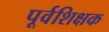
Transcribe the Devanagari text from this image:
पूर्वशिक्षक